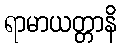
ရာမာယတ္တာနိ